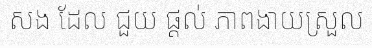
សង ដែល ជួយ ផ្តល់ ភាពងាយស្រួល